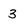
Character: 3